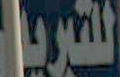
التبريل